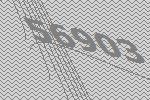
56903